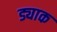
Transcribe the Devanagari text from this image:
ड्याक